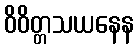
ဝိဝိတ္တသယနေန